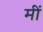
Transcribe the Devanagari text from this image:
मीं